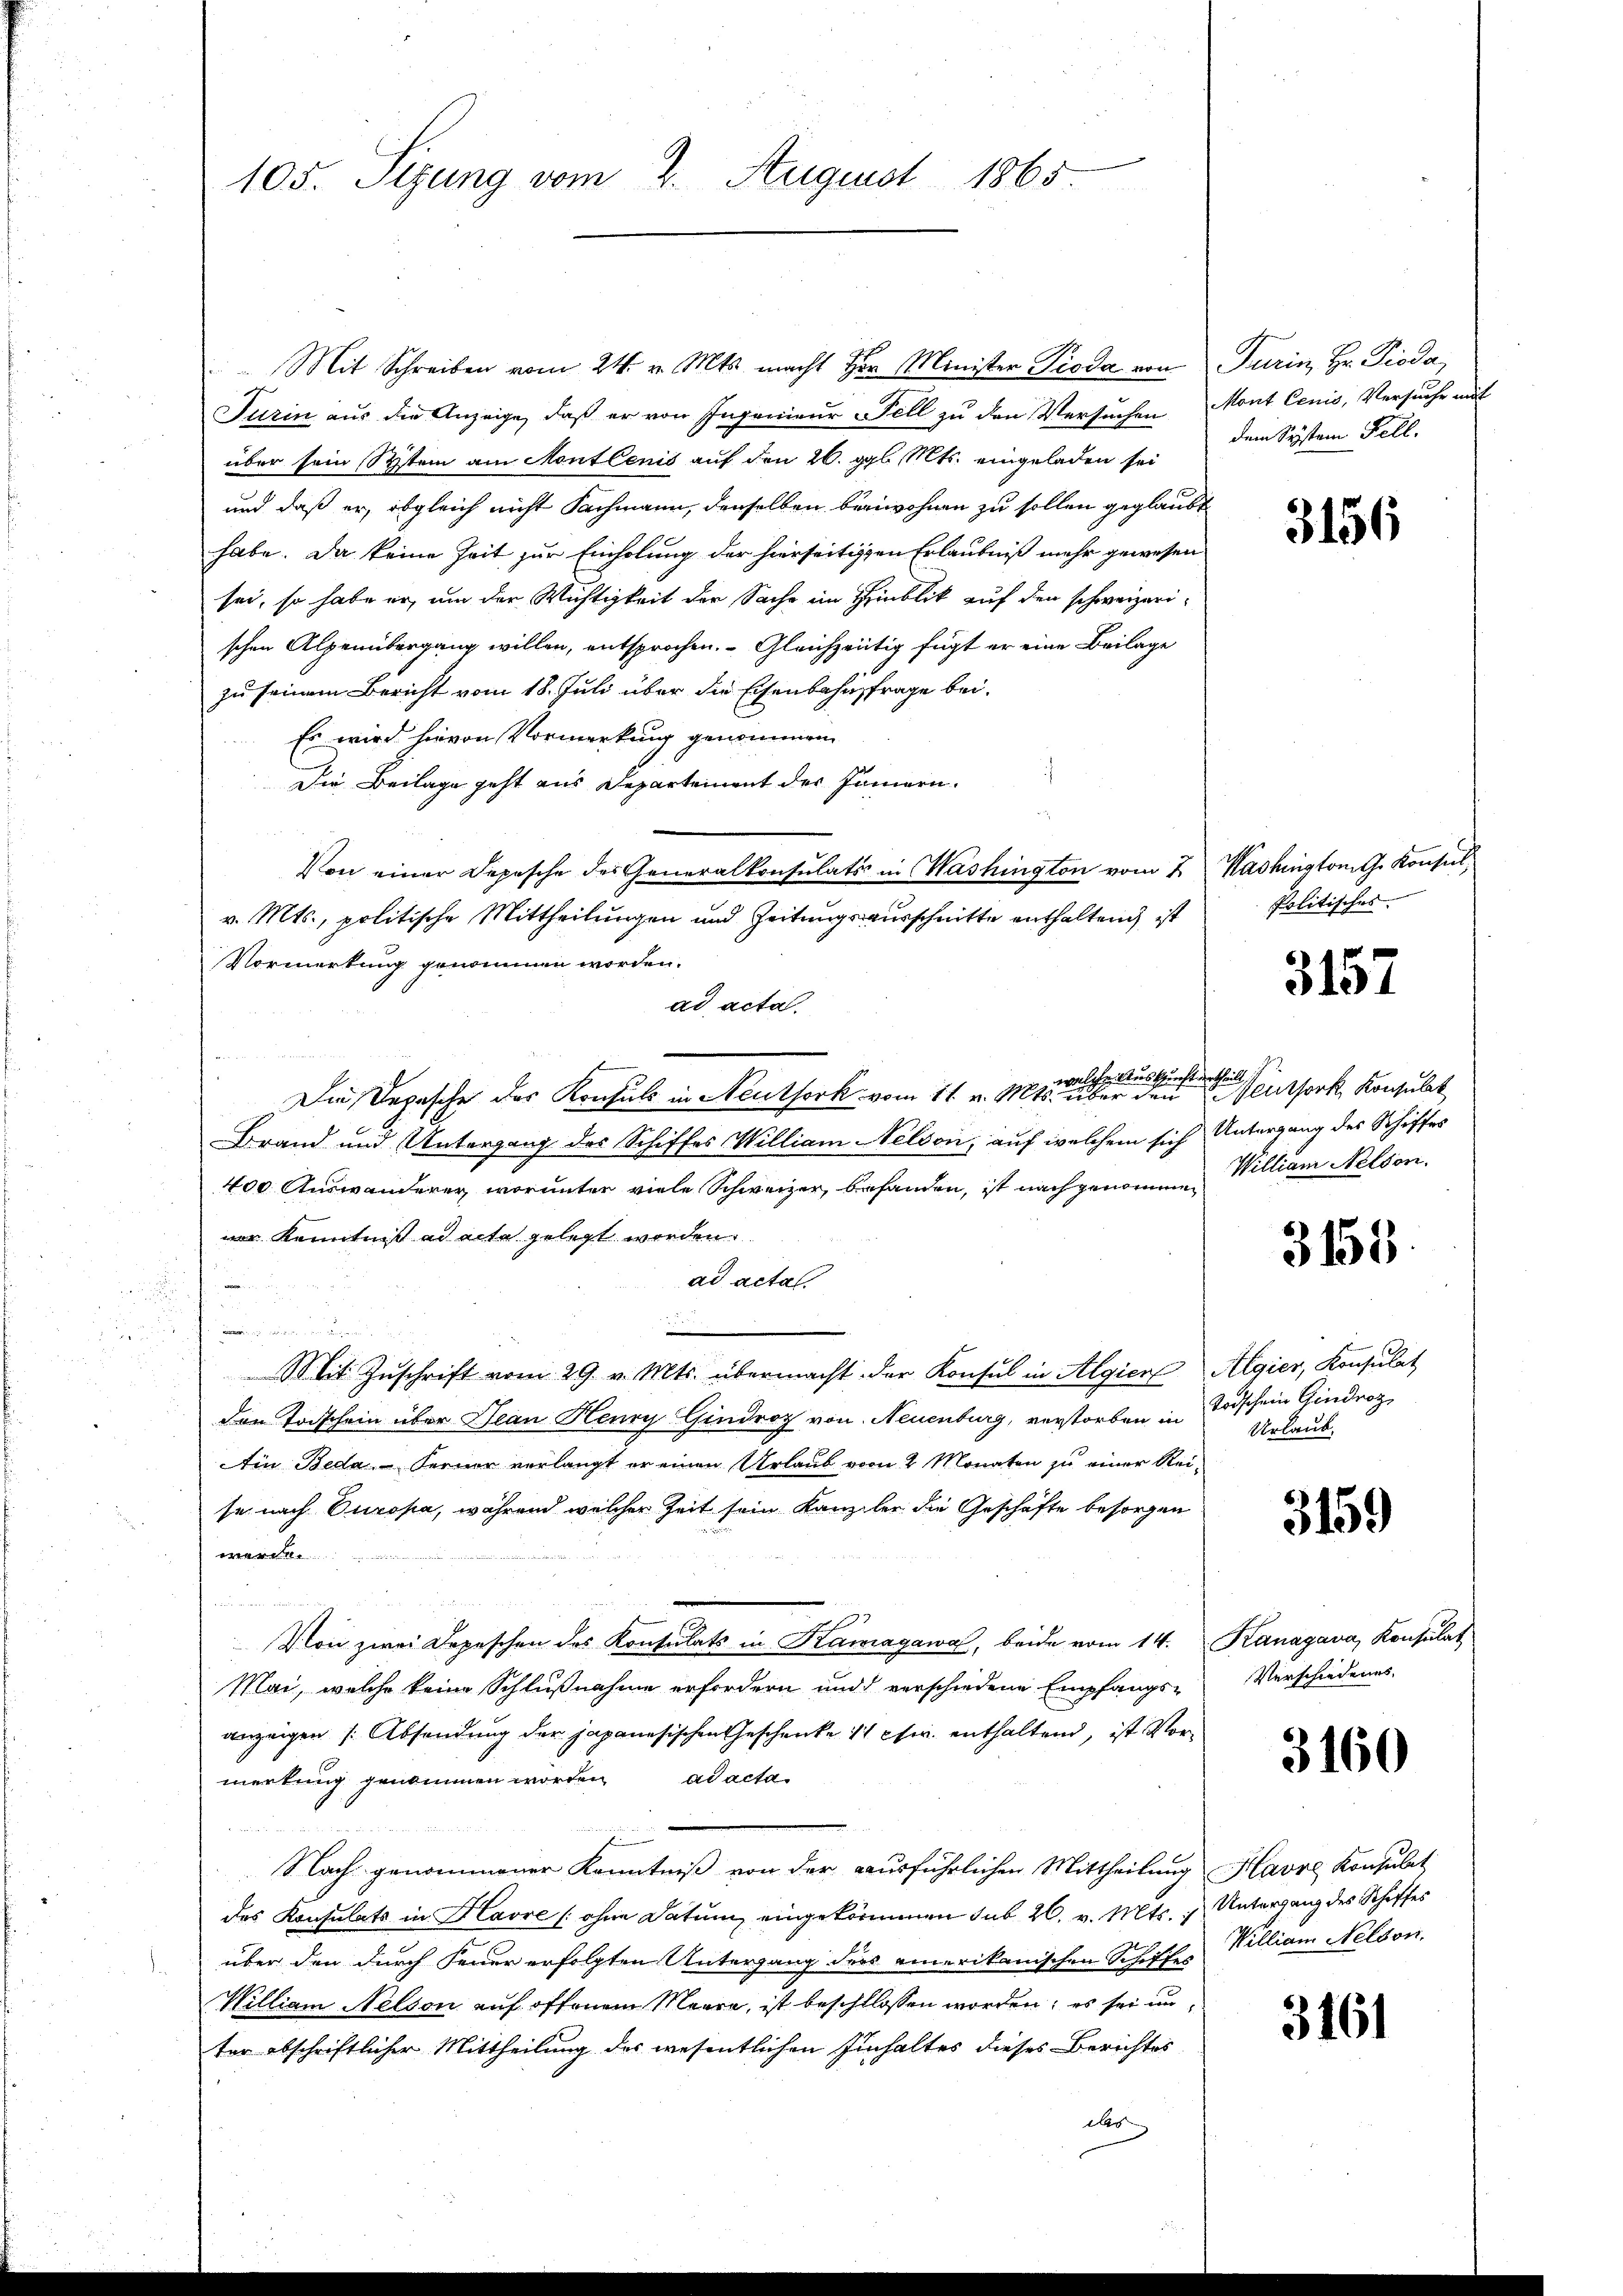
105. Sezung vom 2. August 1865

Mit Schreiben vom 24. v. Mts. macht her Minister Pioda von Turin, Hr. Pioda,
Turin aus die Anzeige, daß er von Ingenieur Fell zu den Versuchen Mont Ccnis, Versuche mit
über sein System am Montlenis auf den 26. gl. Mts. eingeladen sei
und daß er, obgleich nicht Fachmann, denselben beiwohnen zu sollen geglaubt
habe. Da keine Zeit zur Einholung der hierseitigen Erlaubniß mehr gewesen
sei, so habe er, um der Wichtigkeit der Sache im Hinblik auf den schweizerischen Alpenübergang willen, entsprochen. Gleichzeitig fügt er eine Beilage
zu seinem Bericht vom 18. Juli über die Eisenbahnfrage bei.
Es wird hievon Vormerkung genommen
Die Beilage geht aus Departement des Innern.
Von einer Depesche des Generalkonsulats in Washington vom 2. Washington G. Konsul
v. Mts., politische Mittheilungen und Zeitungsausschnitte enthaltend ist
Vormerkung genommen worden.
ad acta.
welche Auskurcht urtheil
Die Depesche des Konsuls in Neuthork vom 11. v. Mts. über den Mentork, Konsulat
Brand und Untergang des Schiffes William Nelson, auf welchem sich Untergang des Schiffes
400. Auswanderer, worunter viele Schweizer, befanden, ist nachgenommen William Nelson.
ner Kenntnis ad acta gelegt worden.
ad actal.
|
a
Mit Zŭschrift vom 29. v. Mts. übermacht der Konsul in Algien Algier, Konsulat
Den Todschein über Jean Henry Gindroz von Neuenburg, verstorben in Todschein Gindroz
Ain Beda - Ferner verlangt er einen Urlaub vor 2 Monaten zu einer Reise nach Europa, während welcher Zeit sein Kanzler die Geschäfte besorgen
werde.
Von zwei Depeschen des Konsulats in Kamagawa, beide vom 14. Kanagana, Konsulat
Mai, welche keine Schlußnahme erfordern und verschiedene Empfangs-
anzeigen (Absendung der japanesischen Geschenke 11 csw. enthaltend, ist Vormerkung genommen worden ad acta
Nach genommener Kenntniß von der ausführlichen Mittheilung Havre Konsulat
des Konsulats in Havre (ohne Datum eingekommen sub 20. v. Mts. & Untergang des Schiffes
über den durch Feuer erfolgten Untergang ders amerikanischen Schiffes William Nelson.
William Nelson auf offenem Maara, ist beschlossen worden; es sei unter abschriftlicher Mittheilung des wesentlichen Einhaltes dieses Berichtes
A

dem System Fell.

3156

Politisches.

3157

3155.

Urlaub

3159

Verschiedenes.

3160

3461